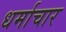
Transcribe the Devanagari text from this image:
धर्माचार